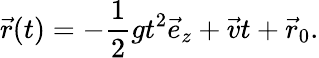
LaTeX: \vec{r}(t)=-\frac{1}{2}gt^{2}\vec{e}_{z}+\vec{v}t+\vec{r}_{0}.